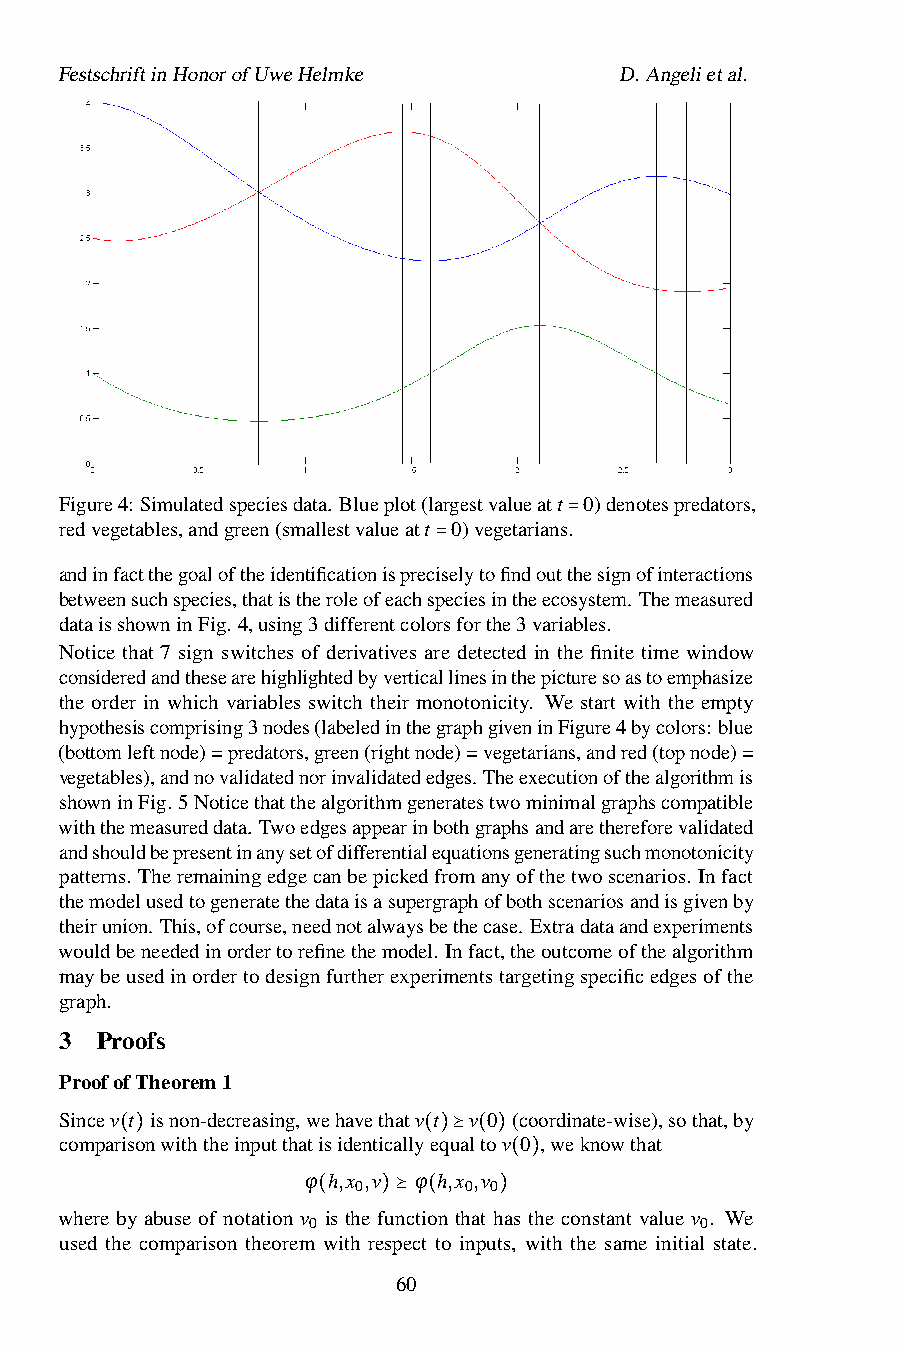
FestschriftinHonorofUweHelmke        D.Angelietal.
 Figure4: Simulatedspeciesdata. Blueplot(largestvalueatt 0)denotespredators,
 redvegetables,andgreen(smallestvalueatt 0)vegetarians.
 =
 andinfactthegoaloftheidentificationisprec=iselytofindoutthesignofinteractions
 betweensuchspecies,thatistheroleofeachspeciesintheecosystem. Themeasured
 dataisshowninFig. 4,using3differentcolorsforthe3variables.
 Notice that 7 sign switches of derivatives are detected in the finite time window
 consideredandthesearehighlightedbyverticallinesinthepicturesoastoemphasize
 the order in which variables switch their monotonicity. We start with the empty
 hypothesiscomprising3nodes(labeledinthegraphgiveninFigure4bycolors: blue
 (bottomleftnode)=predators,green(rightnode)=vegetarians,andred(topnode)=
 vegetables),andnovalidatednorinvalidatededges. Theexecutionofthealgorithmis
 showninFig. 5Noticethatthealgorithmgeneratestwominimalgraphscompatible
 withthemeasureddata. Twoedgesappearinbothgraphsandarethereforevalidated
 andshouldbepresentinanysetofdifferentialequationsgeneratingsuchmonotonicity
 patterns. Theremainingedgecanbepickedfromanyofthetwoscenarios. Infact
 themodelusedtogeneratethedataisasupergraphofbothscenariosandisgivenby
 theirunion. This,ofcourse,neednotalwaysbethecase. Extradataandexperiments
 wouldbeneededinordertorefinethemodel. Infact,theoutcomeofthealgorithm
 maybeusedinordertodesignfurtherexperimentstargetingspecificedgesofthe
 graph.
 3 Proofs
 ProofofTheorem1
 Sincev t isnon-decreasing,wehavethatv t v 0 (coordinate-wise),sothat,by
 comparisonwiththeinputthatisidenticallyequaltov 0 ,weknowthat
 ( )                 ( )⪰ ( )
 ϕ h,x ,v ϕ h,x ,v
 0       0 0 ( )
 where by abuse of notation v is the function that has the constant value v . We
 0(   )⪰ (    )            0
 used the comparison theorem with respect to inputs, with the same initial state.
 60